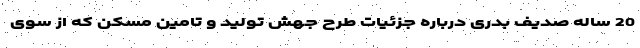
20 ساله صدیف بدری درباره جزئیات طرح جهش تولید و تامین مسکن که از سوی